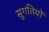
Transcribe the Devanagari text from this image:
सुगतियों